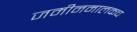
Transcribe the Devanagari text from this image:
जमीनमालकच